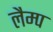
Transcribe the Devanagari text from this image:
लैम्‍प